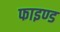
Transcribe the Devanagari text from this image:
फाइण्ड